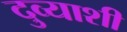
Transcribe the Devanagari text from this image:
दुव्याशी